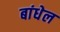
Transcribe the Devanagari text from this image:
बांधेल